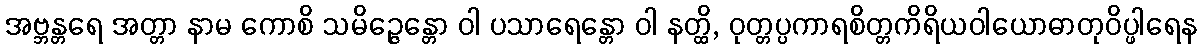
အဗ္ဘန္တရေ အတ္တာ နာမ ကောစိ သမိဉ္ဇေန္တော ဝါ ပသာရေန္တော ဝါ နတ္ထိ, ဝုတ္တပ္ပကာရစိတ္တကိရိယဝါယောဓာတုဝိပ္ဖါရေန